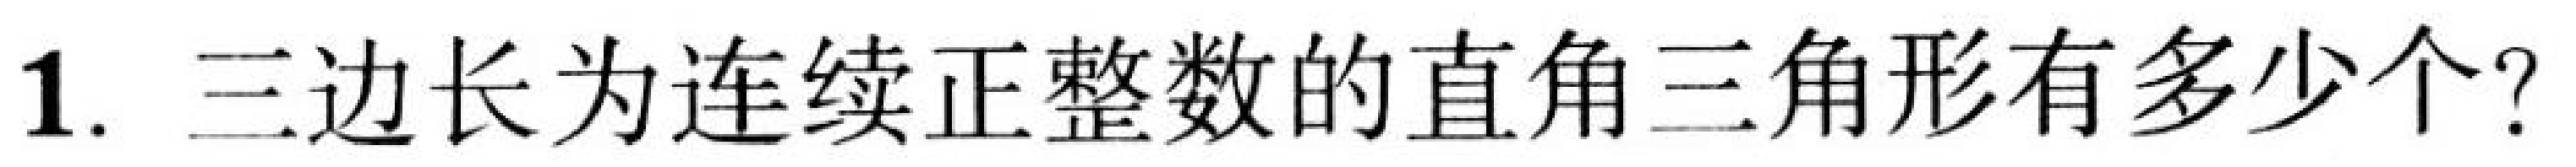
1. 三边长为连续正整数的直角三角形有多少个？